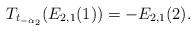
LaTeX: \begin{gather*}T_{t_{-\alpha_2}}(E_{2,1}(1))=-E_{2,1}(2).\end{gather*}